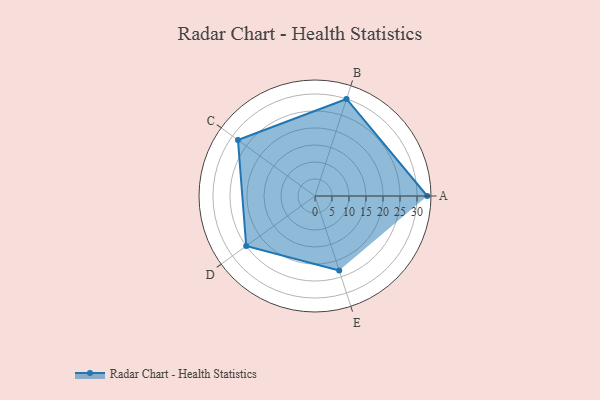
{"axis": {"x": "Skill", "y": "Score"}, "legend": ["Profile"], "data": [{"x": "A", "y": 33.0, "type": "Profile"}, {"x": "B", "y": 30.0, "type": "Profile"}, {"x": "C", "y": 28.0, "type": "Profile"}, {"x": "D", "y": 25.0, "type": "Profile"}, {"x": "E", "y": 23.0, "type": "Profile"}]}